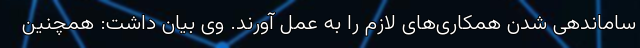
ساماندهی شدن همکاری‌های لازم را به عمل آورند. وی بیان داشت: همچنین